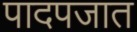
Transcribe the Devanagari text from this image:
पादपजात